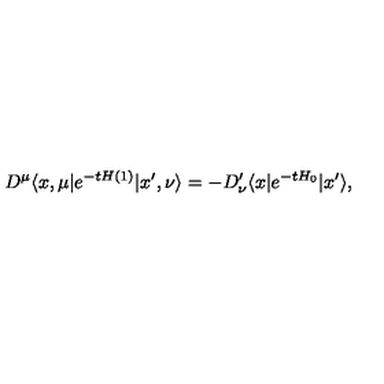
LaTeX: D ^ { \mu } \langle x , \mu | e ^ { - t H ( 1 ) } | x ^ { \prime } , \nu \rangle = - D _ { \nu } ^ { \prime } \langle x | e ^ { - t H _ { 0 } } | x ^ { \prime } \rangle ,